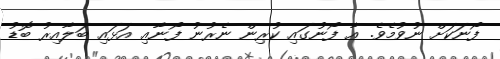
ފޯނަކަށް ނުވުމެވެ. އާ ފޯނުގައި ކުރިން ނެރުނު ފޯނާއި އަޅައި ބަލާއިރު ބޮޑު